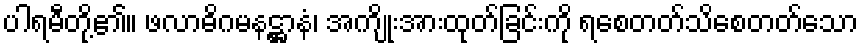
ပါရမီတို့၏။ ဖလာဓိဂမနဋ္ဌာနံ၊ အကျိုးအားထုတ်ခြင်းကို ရစေတတ်သိစေတတ်သော